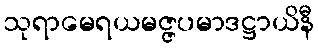
သုရာမေရယမဇ္ဇပမာဒဋ္ဌာယိနီ